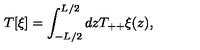
T [ \xi ] = \int _ { - L / 2 } ^ { L / 2 } d z T _ { + + } \xi ( z ) ,